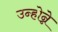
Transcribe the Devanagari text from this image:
उन्होन्ने